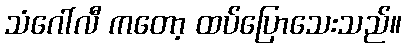
သံဂေါ်လီ ကတော့ ထပ်ပြောသေးသည်။